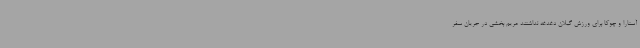
آستارا و چوکا برای ورزش گیلان دغدغه نداشتند مریم بخشی در جریان سفر